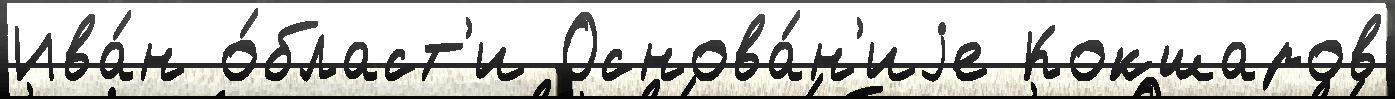
Ива́н о́бласт'и Основа́н'иjе Кокшаров